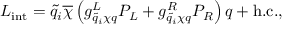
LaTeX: { \cal L } _ { \mathrm { i n t } } = \tilde { q } _ { i } \overline { { { \chi } } } \left( g _ { \tilde { q } _ { i } \chi q } ^ { L } P _ { L } + g _ { \tilde { q } _ { i } \chi q } ^ { R } P _ { R } \right) q + \mathrm { h . c . } ,